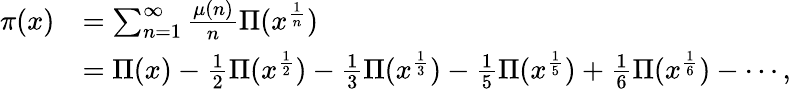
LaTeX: {\begin{array}{rl}{\pi(x)}&{=\sum_{n=1}^{\infty}{\frac{\mu(n)}{n}}\Pi(x^{\frac{1}{n}})}\\ &{=\Pi(x)-{\frac{1}{2}}\Pi(x^{\frac{1}{2}})-{\frac{1}{3}}\Pi(x^{\frac{1}{3}})-{\frac{1}{5}}\Pi(x^{\frac{1}{5}})+{\frac{1}{6}}\Pi(x^{\frac{1}{6}})-\cdots,}\end{array}}